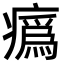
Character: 𤺉